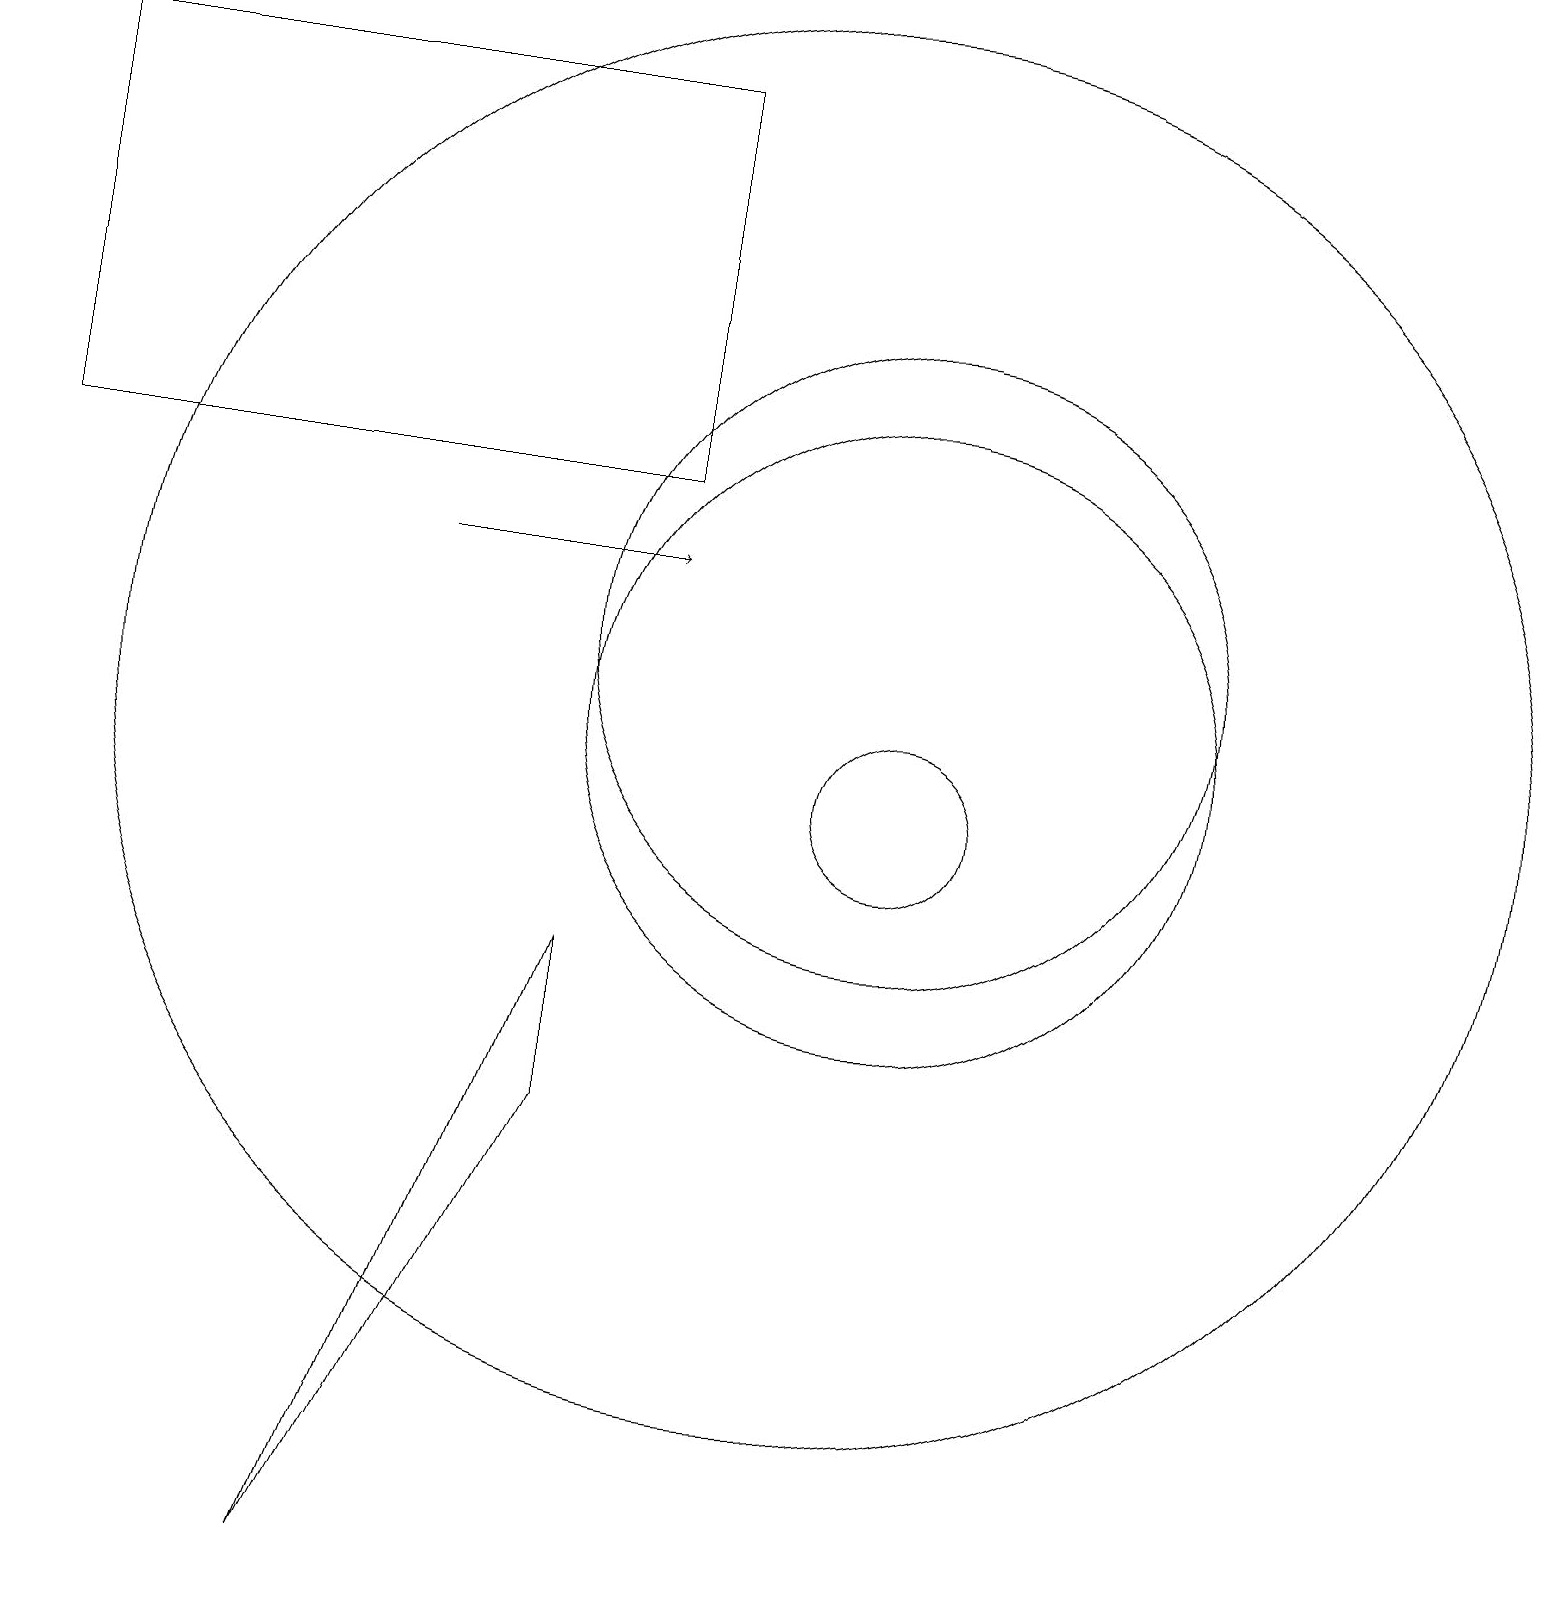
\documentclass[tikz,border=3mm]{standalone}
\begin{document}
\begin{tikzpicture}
\draw (11,12) circle (4);
\draw (10,11) circle (9);
\draw (7,8) -- (7,6) -- (4,0) -- cycle;
\draw (11,10) circle (1);
\draw (11,11) circle (4);
\draw (0,19) rectangle (8,14);
\draw[->] (5,13) -- (8,13);
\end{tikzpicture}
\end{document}